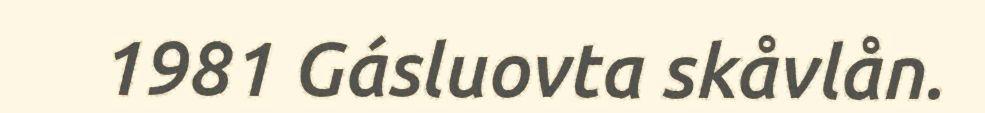
1981 Gásluovta skåvlån.